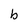
Character: b